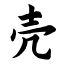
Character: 壳